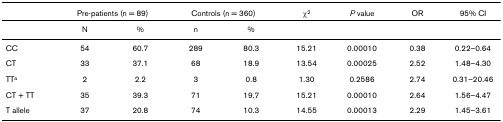
|  | <COLSPAN=2> Pre-patients (n = 89) | <COLSPAN=2> Controls (n = 360) | χ2 | P value | OR | 95% CI |
 | --- | --- | --- | --- | --- | --- | --- | --- | --- |
 |  | N | % | n | % |  |  |  |  |
 | CC | 54 | 60.7 | 289 | 80.3 | 15.21 | 0.00010 | 0.38 | 0.22–0.64 |
 | CT | 33 | 37.1 | 68 | 18.9 | 13.54 | 0.00025 | 2.52 | 1.48–4.30 |
 | TTa | 2 | 2.2 | 3 | 0.8 | 1.30 | 0.2586 | 2.74 | 0.31–20.46 |
 | CT + TT | 35 | 39.3 | 71 | 19.7 | 15.21 | 0.00010 | 2.64 | 1.56–4.47 |
 | T allele | 37 | 20.8 | 74 | 10.3 | 14.55 | 0.00013 | 2.29 | 1.45–3.61 |